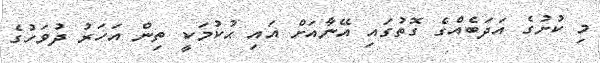
މި ކުށުގެ އަދަބެއްގެ ގޮތުގައި އޭނާއަށް އައި ޙުކުމަކީ ތިން އަހަރު ދުވަހުގެ